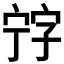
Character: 𡨸